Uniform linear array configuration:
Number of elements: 12
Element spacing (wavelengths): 1
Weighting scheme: blackman
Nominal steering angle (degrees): -60
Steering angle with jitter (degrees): -61.754
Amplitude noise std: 0.05
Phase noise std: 0.05

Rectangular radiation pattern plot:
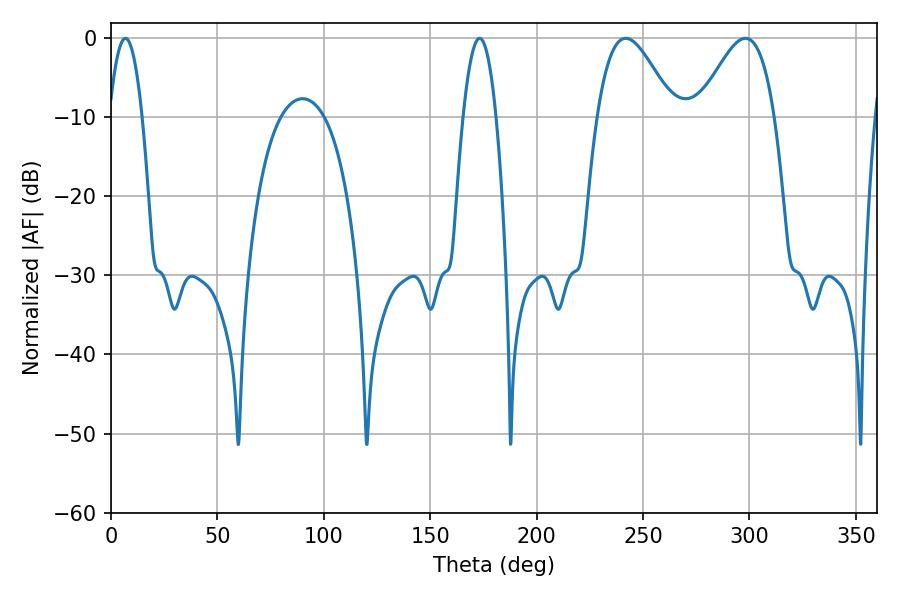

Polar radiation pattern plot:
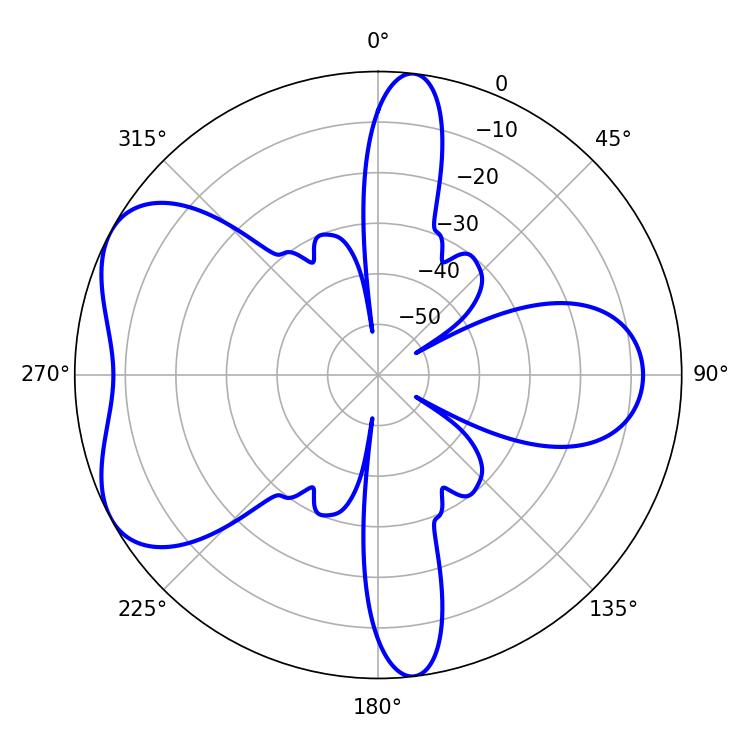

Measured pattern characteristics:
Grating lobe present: TRUE
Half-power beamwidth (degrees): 19.26
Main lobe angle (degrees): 241.92